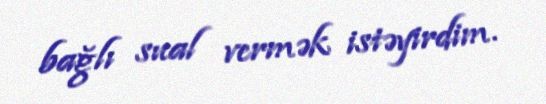
bağlı sual vermək istəyirdim.